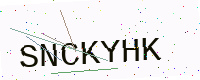
Text: SNCKYHK